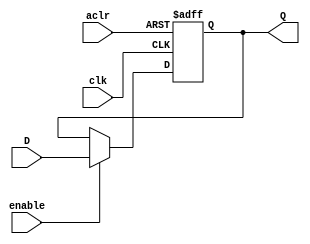
module register_N_bits_ena_aclr #(parameter N=8)
	(input [N-1:0] D,
	input clk,aclr,enable,
	output reg[N-1:0] Q);
	
	always @(posedge clk,negedge aclr)
			if (!aclr) 		Q <= {N{1'b0}};
			else if (enable)	Q <= D;
			else				Q <= Q;
endmodule